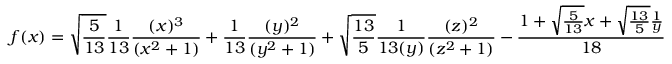
f ( x ) = \sqrt { \frac { 5 } { 1 3 } } \frac { 1 } { 1 3 } \frac { ( x ) ^ { 3 } } { ( x ^ { 2 } + 1 ) } + \frac { 1 } { 1 3 } \frac { ( y ) ^ { 2 } } { ( y ^ { 2 } + 1 ) } + \sqrt { \frac { 1 3 } { 5 } } \frac { 1 } { 1 3 ( y ) } \frac { ( z ) ^ { 2 } } { ( z ^ { 2 } + 1 ) } - \frac { 1 + \sqrt { \frac { 5 } { 1 3 } } x + \sqrt { \frac { 1 3 } { 5 } } \frac { 1 } { y } } { 1 8 }